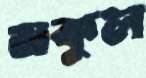
মকুল